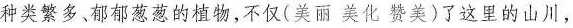
种类繁多、郁郁葱葱的植物，不仅(美丽美化赞美)了这里的山川，